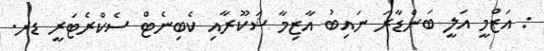
: އަޒްމީ އަލީ ބަންޑާރަ ނައިބު އާޒިމާ ޝަކޫރާއި ކެބިނެޓް ސެކްރެޓަރީ ޑރ.